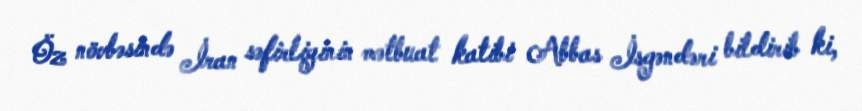
Öz növbəsində İran səfirliyinin mətbuat katibi Abbas İsgəndəri bildirib ki,